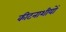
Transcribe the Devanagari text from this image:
कीटनाशीयों